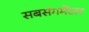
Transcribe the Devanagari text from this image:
सबसंगमेंटल